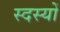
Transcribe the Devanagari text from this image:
स्दस्यों